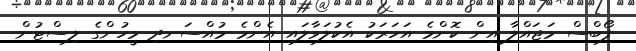
ފޯބްސް މަޖައްލާ އިން ކޮންމެ އަހަރަކު އެކުލަވާލައި އެންމެ މުއްސަނދި މީހުންގެ ލިސްޓުން